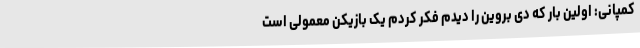
کمپانی: اولین بار که دی بروین را دیدم فکر کردم یک بازیکن معمولی است